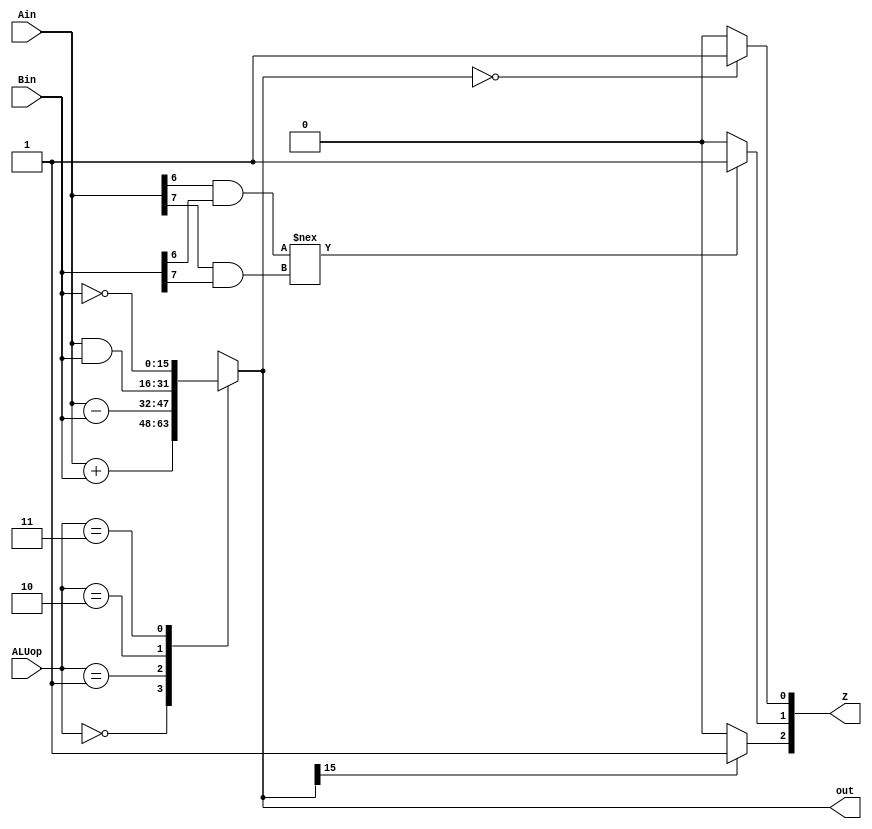
module alu(Ain, Bin, ALUop, out, Z);
    input [15:0] Ain, Bin;
    output [15:0] out;
    output [2:0] Z;
    input [1:0] ALUop;

    reg [15:0] out;
    reg [2:0] Z;
    
    // Whenever the ALU operation input changes, the output of the ALU should be updated immediately according to the selected operation
    always @* begin
        case(ALUop)
            2'b00: out = Ain + Bin;
            2'b01: out = Ain - Bin;
            2'b10: out = Ain & Bin;
            2'b11: out = ~(Bin);
            default: out = ({16{1'bx}});
        endcase

        // If the 16 bit output of the ALU is 0, then the Z output of the ALU should be 1, otherwise 0
        if (out == {16{1'b0}})
            Z[0] = 1'b1;
        else
            Z[0] = 1'b0;

        // We are using signed numbers so if the MSB is a one, then the number is a negative number
        if(out[15] == 1'b1)
            Z[2] = 1'b1;
        else 
            Z[2] = 1'b0;

        // If the carry in is not equal to the carry out for the MSB, then there is an overflow
        if ((Ain[6] & Bin[6]) !== (Ain[7] & Bin[7]))
            Z[1] = 1'b1;
        else
            Z[1] = 1'b0;
    end
endmodule